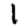
Digit: 1